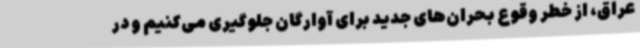
عراق، از خطر وقوع بحران‌های جدید برای آوارگان جلوگیری می‌کنیم و در